DOW-UAP-D16, Mission Report, Syria, July 2022
Agency: Department of War
Incident date: 7/31/22
Incident location: Syria
Page 2
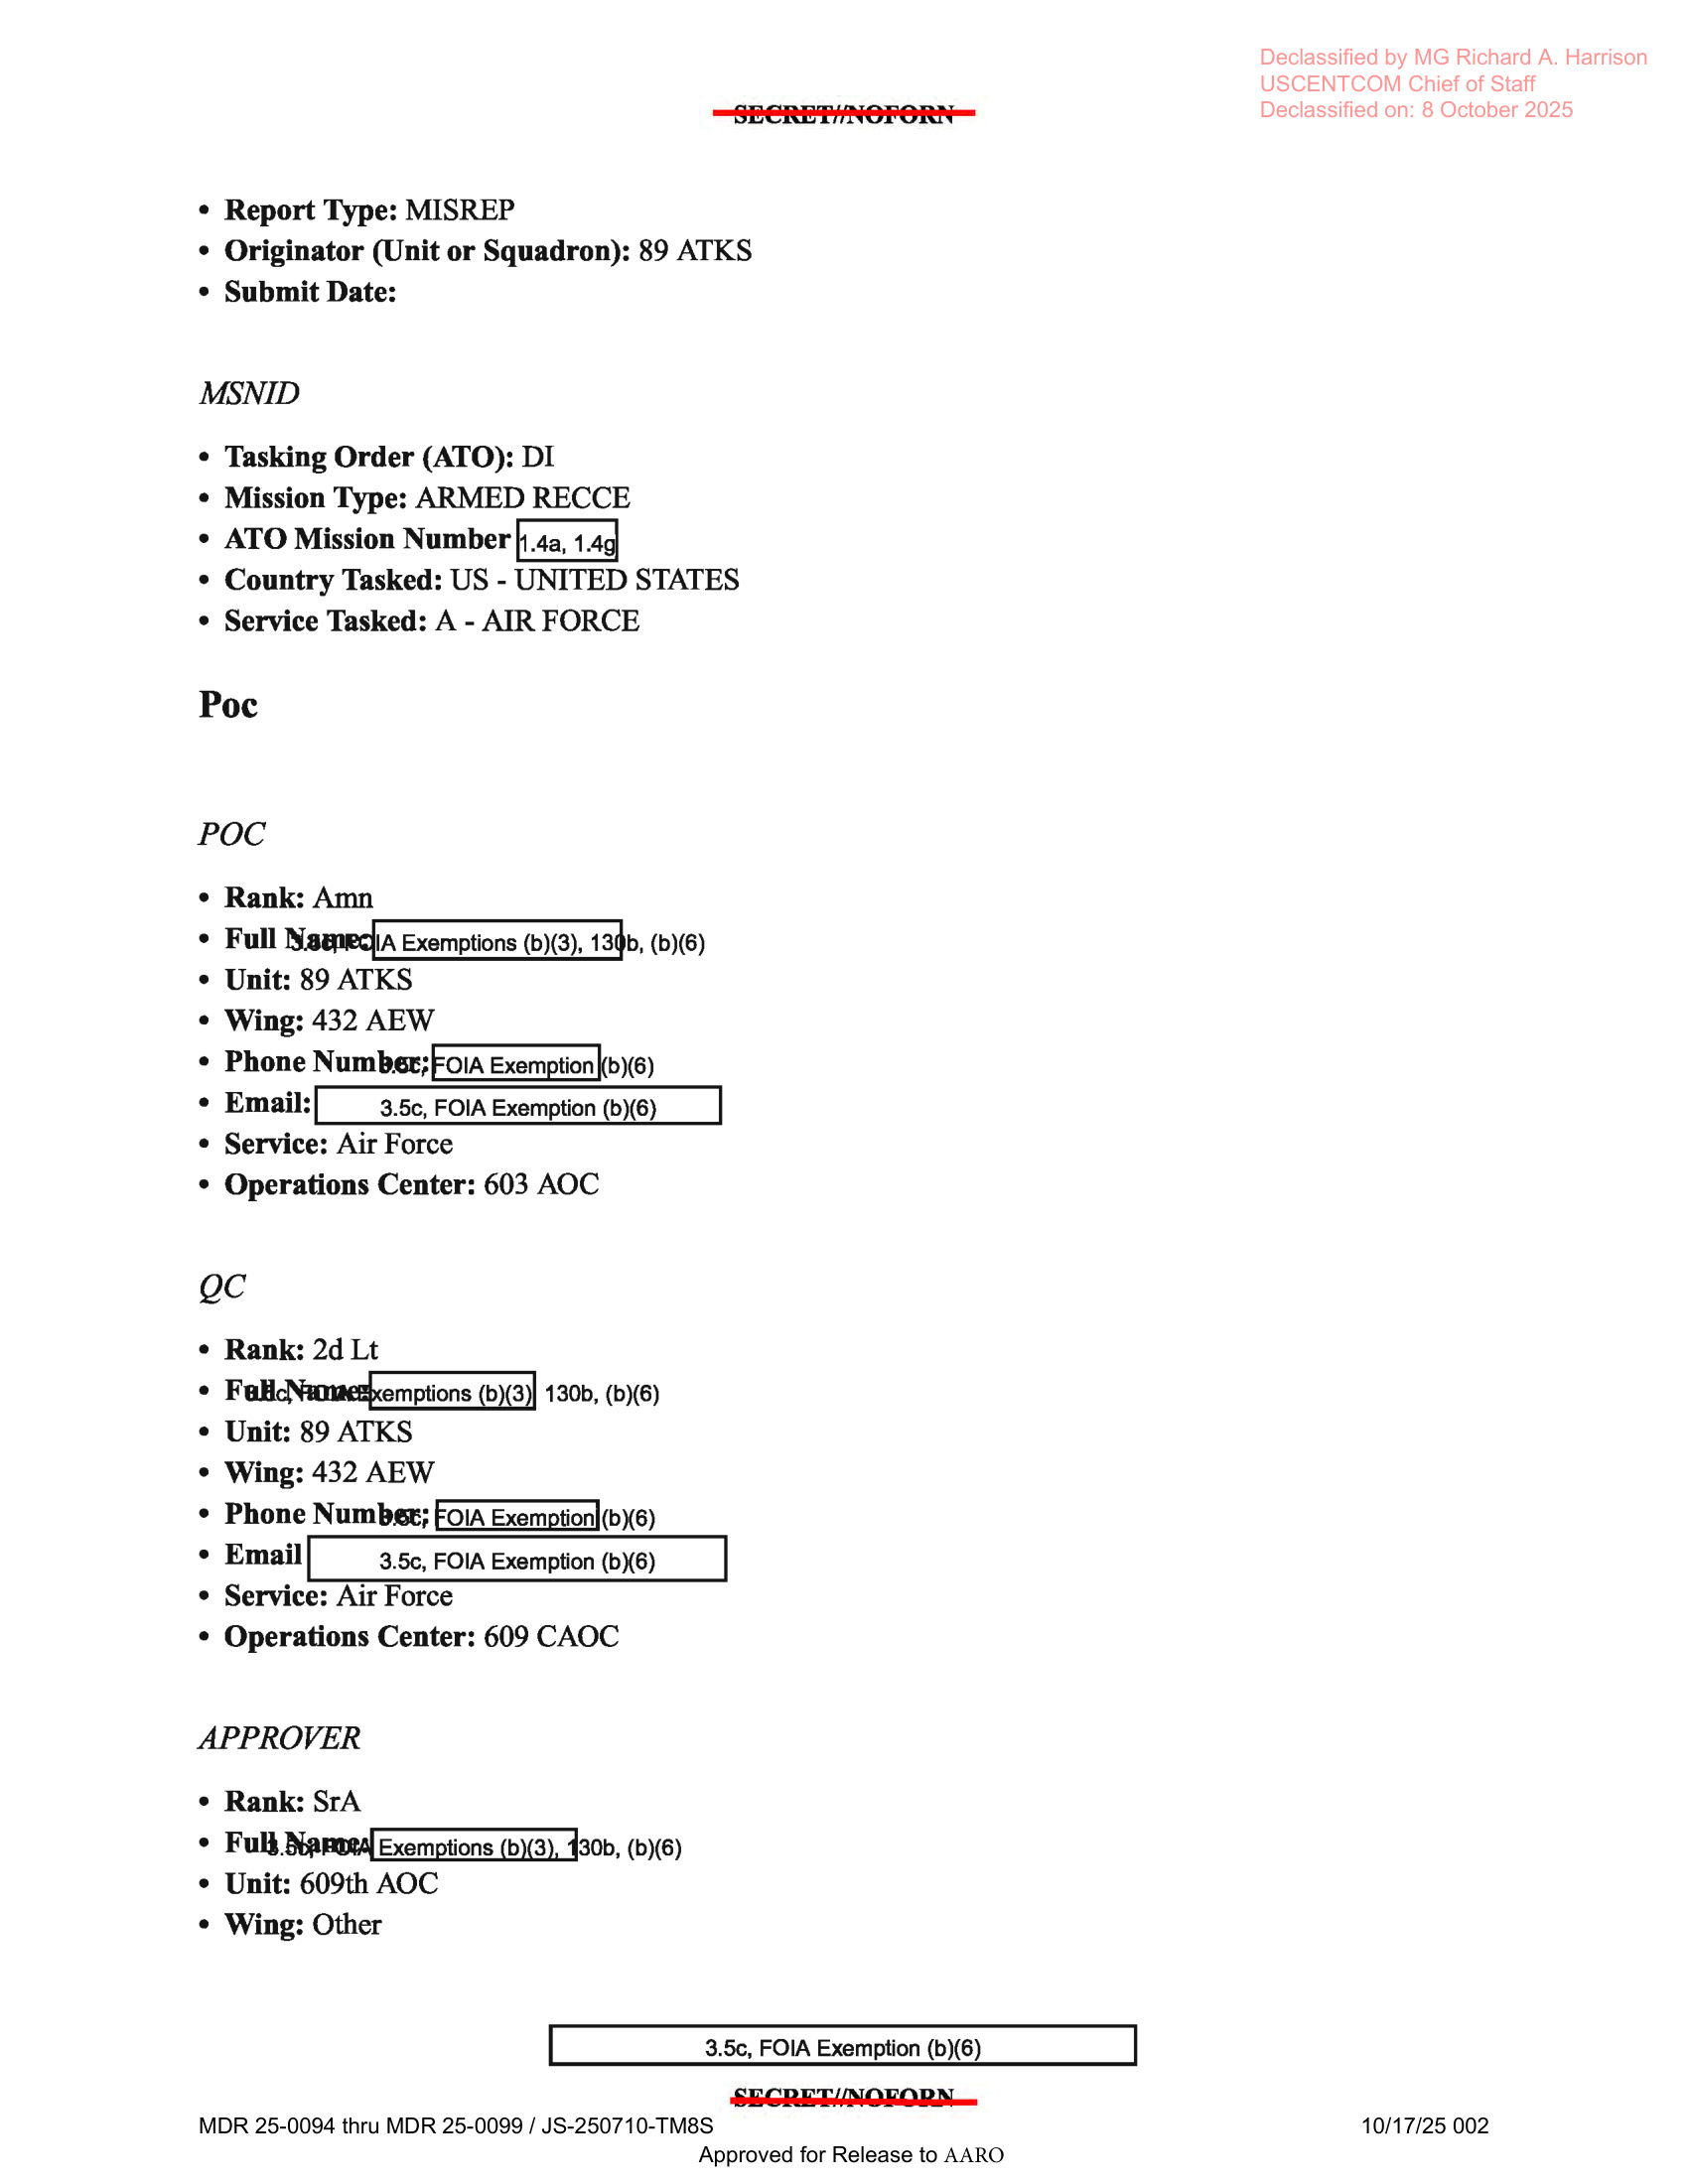